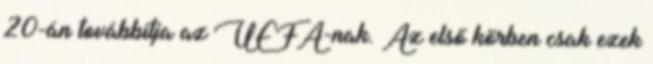
20-án továbbítja az UEFA-nak. Az első körben csak ezek